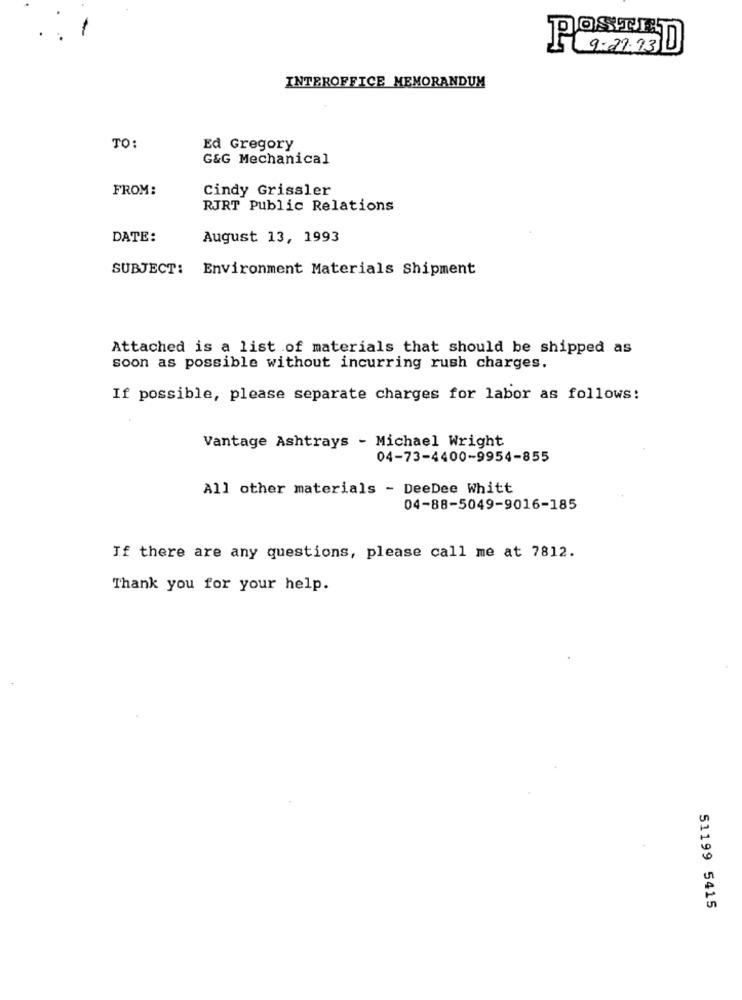
POSTED
INTEROFFICE MEMORANDUM
TO:
Ed Gregory
G&G Mechanical
FROM:
Cindy Grissler
RJRT Public Relations
DATE:
August 13, 1993
SUBJECT: Environment Materials Shipment
Attached is a list of materials that should be shipped as
soon as possible without incurring rush charges.
If possible, please separate charges for labor as follows:
Vantage Ashtrays - Michael Wright
04-73-4400-9954-855
All other materials - DeeDee Whitt
04-88-5049-9016-185
If there are any questions, please call me at 7812.
Thank you for your help.
51199 5415